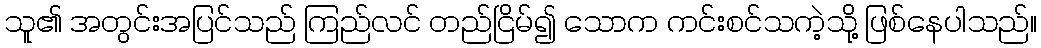
သူ၏ အတွင်းအပြင်သည် ကြည်လင် တည်ငြိမ်၍ သောက ကင်းစင်သကဲ့သို့ ဖြစ်နေပါသည်။